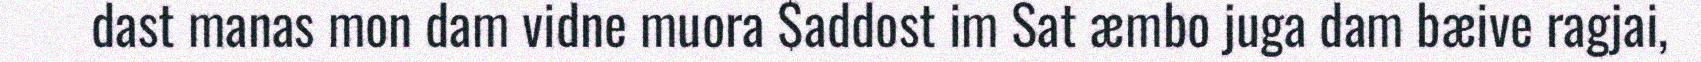
dast manas mon dam vidne muora $addost im Sat æmbo juga dam bæive ragjai,